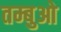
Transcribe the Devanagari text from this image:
तम्बुओ